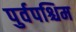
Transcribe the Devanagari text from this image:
पुर्वपश्चिम